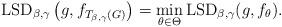
LaTeX: \begin{align*} {\rm LSD}_{\beta, \gamma}\left(g,f_{T_{\beta,\gamma}(G)}\right)= \min \limits_{\theta \in \Theta } {\rm LSD}_{\beta, \gamma}(g,f_\theta).\end{align*}